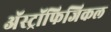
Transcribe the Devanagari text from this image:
अॅस्ट्रॉफिजिकल